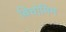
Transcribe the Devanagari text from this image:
बिचोमिम